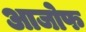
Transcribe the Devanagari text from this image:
आजोफ